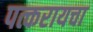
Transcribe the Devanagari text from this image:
पत्करायचा